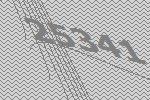
25341